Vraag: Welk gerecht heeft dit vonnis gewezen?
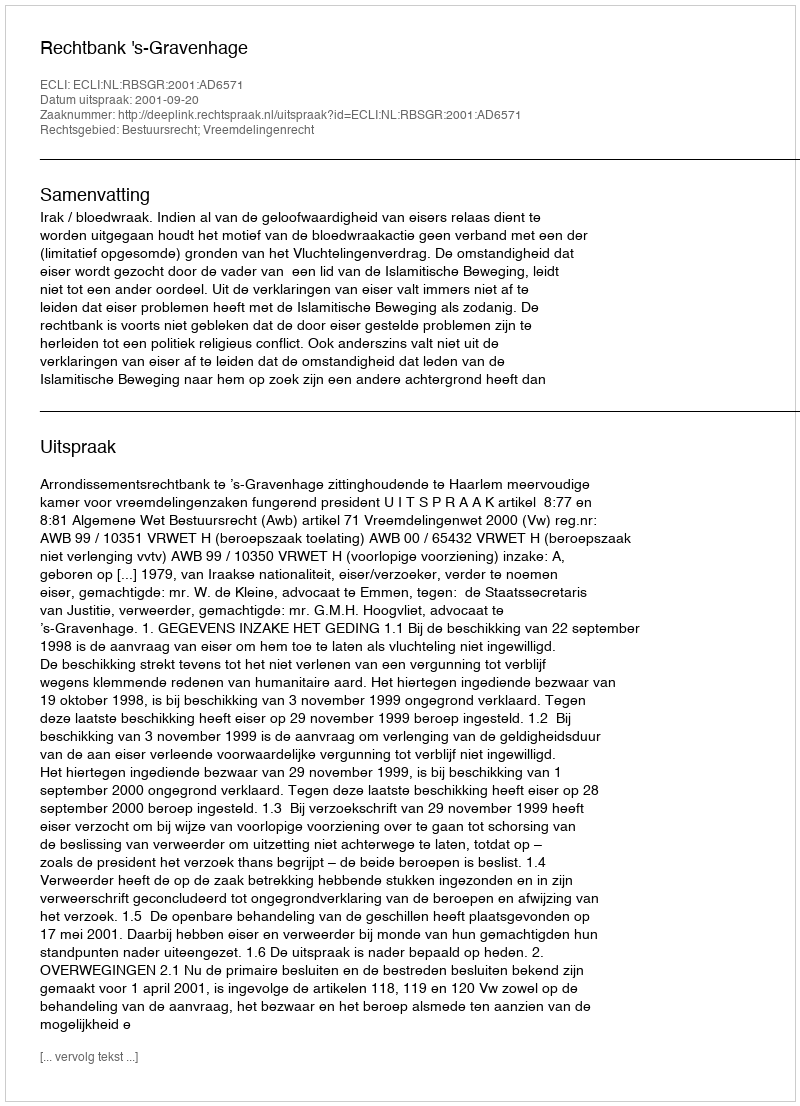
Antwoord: Rechtbank 's-Gravenhage